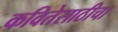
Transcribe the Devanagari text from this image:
कवितेसाठीचा